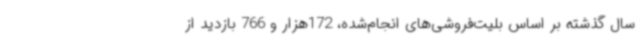
سال گذشته بر اساس بلیت‌فروشی‌های انجام‌شده، 172هزار و 766 بازدید از